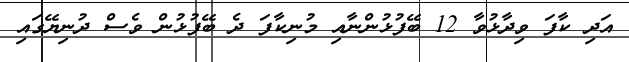
އަދި ކާފަ ވިދާޅުވާ 12 ބޭފުޅުންނާއި މުނިކާފަ ދެ ބޭފުޅުން ވެސް ދުނިޔޭގައި